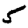
Digit: 5